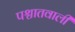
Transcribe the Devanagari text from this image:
पश्चातवाली